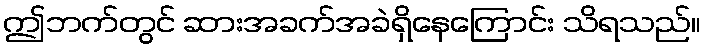
ဤဘက်တွင် ဆားအခက်အခဲရှိနေကြောင်း သိရသည်။